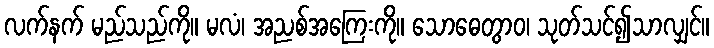
လက်နက် မည်သည်ကို။ မလံ၊ အညစ်အကြေးကို။ သောဓေတွာဝ၊ သုတ်သင်၍သာလျှင်။